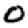
Digit: 0